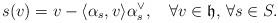
LaTeX: \begin{align*}s(v)=v-\langle \alpha_s, v\rangle \alpha_s^{\vee},\quad\forall v\in \mathfrak{h},\,\forall s \in S.\end{align*}